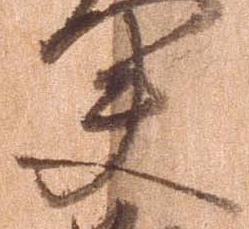
夫